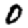
Digit: 0